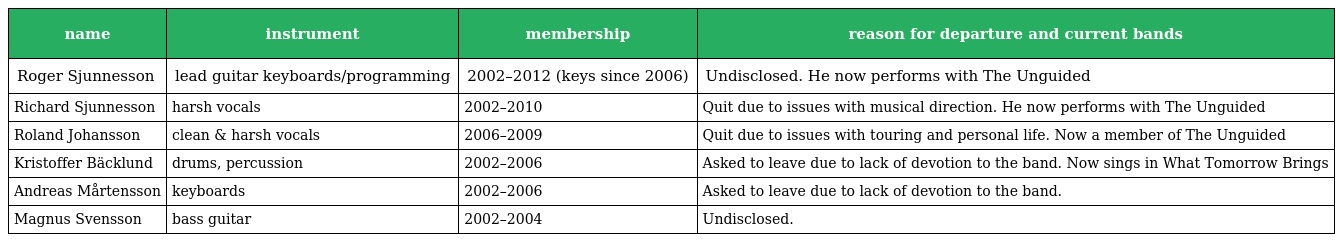
| name | instrument | membership | reason for departure and current bands |
 | --- | --- | --- | --- |
 | Roger Sjunnesson | lead guitar keyboards/programming | 2002–2012 (keys since 2006) | Undisclosed. He now performs with The Unguided |
 | Richard Sjunnesson | harsh vocals | 2002–2010 | Quit due to issues with musical direction. He now performs with The Unguided |
 | Roland Johansson | clean & harsh vocals | 2006–2009 | Quit due to issues with touring and personal life. Now a member of The Unguided |
 | Kristoffer Bäcklund | drums, percussion | 2002–2006 | Asked to leave due to lack of devotion to the band. Now sings in What Tomorrow Brings |
 | Andreas Mårtensson | keyboards | 2002–2006 | Asked to leave due to lack of devotion to the band. |
 | Magnus Svensson | bass guitar | 2002–2004 | Undisclosed. |